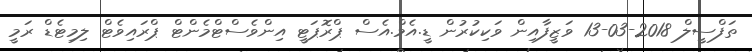
ތަފްސީލް 2018-03-13 ވަޒީފާއިން ވަކިކުރުން ޑީ.އެމް.އެސް ޕްރޮޕަޓީ އިންވެސްޓްމެންޓް ޕްރައިވެޓް ލިމިޓެޑް ރަމީ